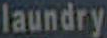
laundry